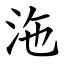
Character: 沲